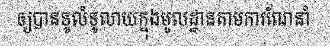
ឲ្យបានទូលំទូលាយក្នុងមូលដ្ឋានតាមការណែនាំ